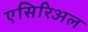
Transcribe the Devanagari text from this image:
एसिरिअल